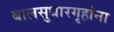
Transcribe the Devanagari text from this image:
बालसुधारगृहांना